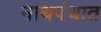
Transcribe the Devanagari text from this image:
नाथपंथात